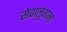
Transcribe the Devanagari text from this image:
सेवालुंगमा